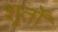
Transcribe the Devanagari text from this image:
शर्र्तों